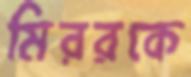
মিররকে